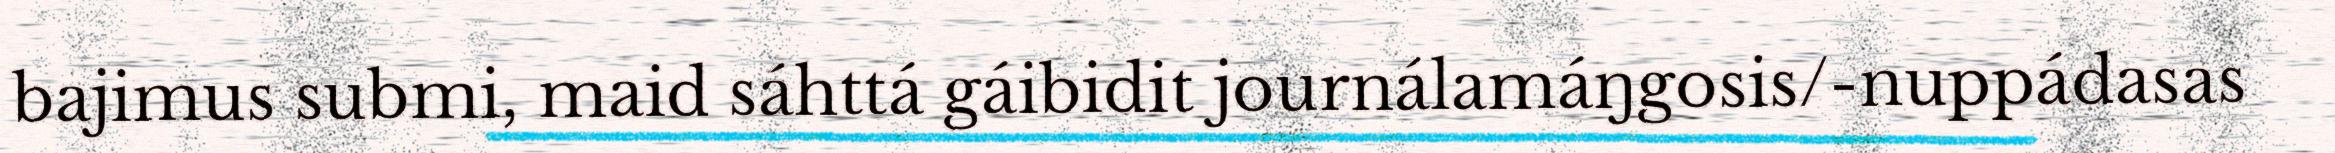
bajimus submi, maid sáhttá gáibidit journálamáŋgosis/-nuppádasas